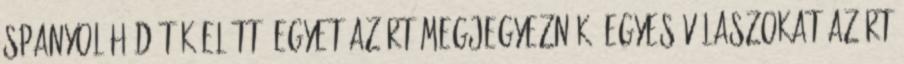
Spanyol hódítók előtt. Egyet azért megjegyeznék. Egyes válaszokat azért